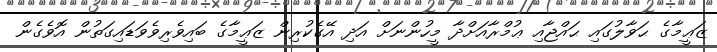
ޒަޢީމާގެ ޙަވާލުގައި ޙައްޖާއި ޢުމްރާއަށްދާ މީހުންނަށް އަދި އޭގެކުރިން ޒަޢީމާގެ ބައިވެރިވެވަޑައިގަތުން އޮވެގެން